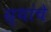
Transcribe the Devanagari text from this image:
ग्र्थांचे